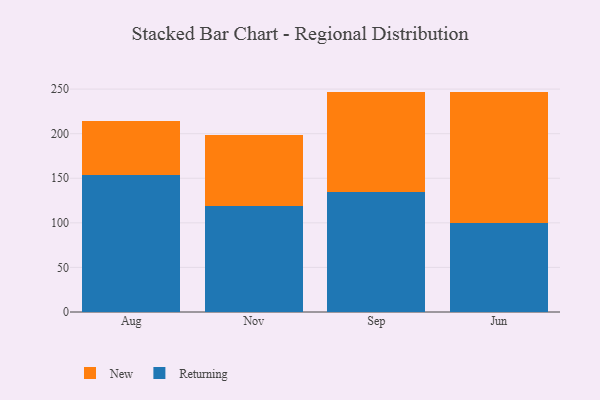
{"axis": {"x": "Month", "y": "Backlog"}, "legend": ["New", "Returning"], "data": [{"x": "Aug", "y": 153.3, "type": "Returning"}, {"x": "Aug", "y": 60.8, "type": "New"}, {"x": "Nov", "y": 119.2, "type": "Returning"}, {"x": "Nov", "y": 79.8, "type": "New"}, {"x": "Sep", "y": 134.3, "type": "Returning"}, {"x": "Sep", "y": 112.9, "type": "New"}, {"x": "Jun", "y": 100.0, "type": "Returning"}, {"x": "Jun", "y": 146.9, "type": "New"}]}